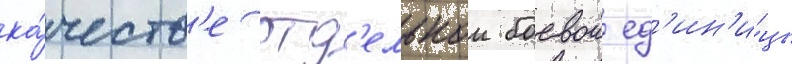
ка́честв'е отд'ельнои боевои ед'ин'и́цы